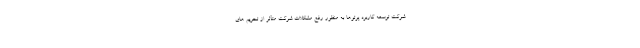
شرکت توسعه کاربرد پرتوها به منظور رفع مشکلات شرکت متأثر از تحریم های